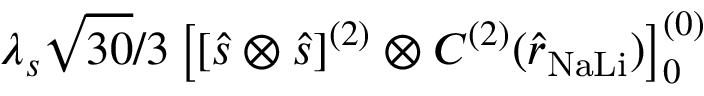
\lambda _ { s } \sqrt { 3 0 } / 3 \left[ \left[ \hat { s } \otimes \hat { s } \right] ^ { ( 2 ) } \otimes C ^ { ( 2 ) } ( \hat { r } _ { \mathrm { N a L i } } ) \right] _ { 0 } ^ { ( 0 ) }